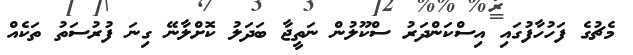
މެޗުގެ ފަހުހާފުގައި އިސްކަންދަރު ސްކޫލުން ނަތީޖާ ބަދަލު ކޮށްލާނޭ ގިނަ ފުރުސަތު ތަކެއް